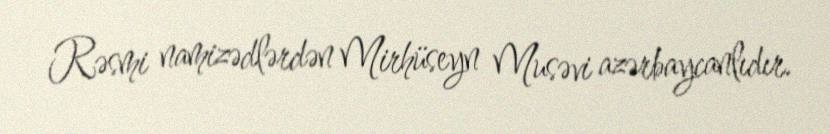
Rəsmi namizədlərdən Mirhüseyn Musəvi azərbaycanlıdır.